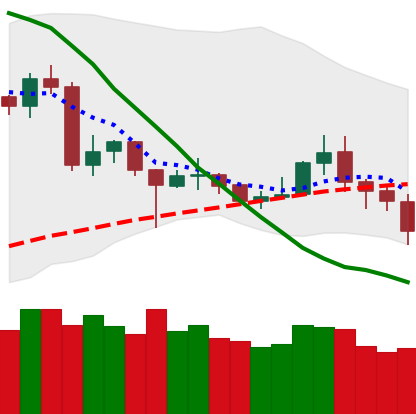
Ticker: NEO-USD
Chart end date: 2020-06-27
Forward return: 3.221%
Label: up_3_5